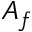
A _ { f }